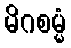
မိဂစမ္မံ